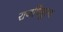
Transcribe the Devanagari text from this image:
राजर्षितुल्य